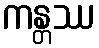
ကန္တဿ